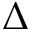
\Delta